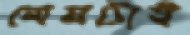
মেষটাই